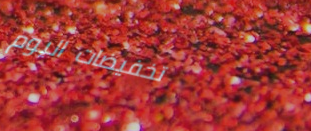
تخفيضات اليوم